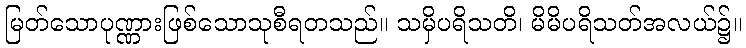
မြတ်သောပုဏ္ဏားဖြစ်သောသုစီရတသည်။ သမှိပရိသတိ၊ မိမိပရိသတ်အလယ်၌။